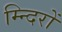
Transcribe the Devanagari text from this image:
म्न्दिरों